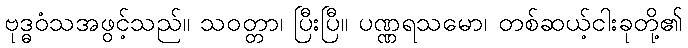
ဗုဒ္ဓဝံသအဖွင့်သည်။ သဝတ္တာ၊ ပြီးပြီ။ ပဏ္ဏရသမော၊ တစ်ဆယ့်ငါးခုတို့၏